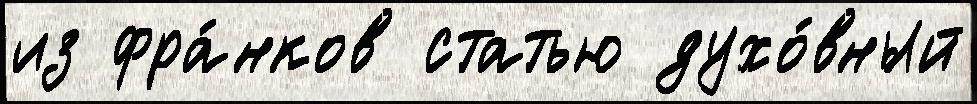
из фра́нков статью духо́вный